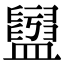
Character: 𥃖